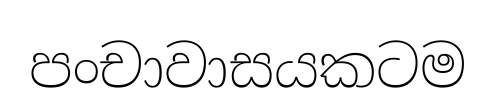
පංචාවාසයකටම